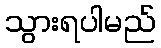
သွားရပါမည်